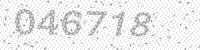
Solution: 046718